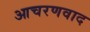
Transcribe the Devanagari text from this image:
आचरणवाद